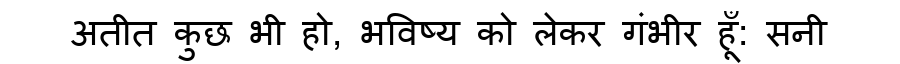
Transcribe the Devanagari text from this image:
अतीत कुछ भी हो, भविष्य को लेकर गंभीर हूँ: सनी